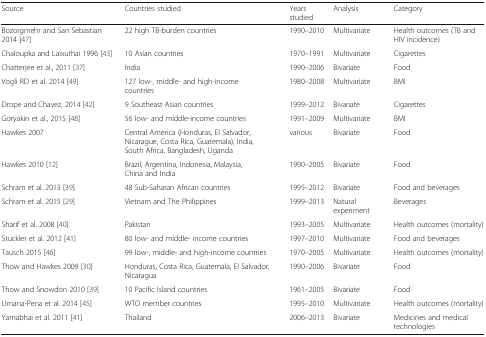
<table><thead><tr><td><b>Source</b></td><td><b>Countries studied</b></td><td><b>Years studied</b></td><td><b>Analysis</b></td><td><b>Category</b></td></tr></thead><tbody><tr><td>Bozorgmehr and San Sebastian 2014 [47]</td><td>22 high TB-burden countries</td><td>1990–2010</td><td>Multivariate</td><td>Health outcomes (TB and HIV incidence)</td></tr><tr><td>Chaloupka and Laixuthai 1996 [43]</td><td>10 Asian countries</td><td>1970–1991</td><td>Multivariate</td><td>Cigarettes</td></tr><tr><td>Chatterjee et al., 2011 [37]</td><td>India</td><td>1990–2006</td><td>Bivariate</td><td>Food</td></tr><tr><td>Vogli RD et al. 2014 [49]</td><td>127 low-, middle- and high-income countries</td><td>1980–2008</td><td>Multivariate</td><td>BMI</td></tr><tr><td>Drope and Chavez, 2014 [42]</td><td>9 Southeast Asian countries</td><td>1999–2012</td><td>Bivariate</td><td>Cigarettes</td></tr><tr><td>Goryakin et al., 2015 [48]</td><td>56 low- and middle-income countries</td><td>1991–2009</td><td>Multivariate</td><td>BMI</td></tr><tr><td>Hawkes 2007</td><td>Central America (Honduras, El Salvador, Nicarague, Costa Rica, Guatemala), India, South Africa, Bangladesh, Uganda</td><td>various</td><td>Bivariate</td><td>Food</td></tr><tr><td>Hawkes 2010 [12]</td><td>Brazil, Argentina, Indonesia, Malaysia, China and India</td><td>1990–2005</td><td>Bivariate</td><td>Food</td></tr><tr><td>Schram et al. 2013 [39]</td><td>48 Sub-Saharan African countries</td><td>1995–2012</td><td>Bivariate</td><td>Food and beverages</td></tr><tr><td>Schram et al. 2015 [29]</td><td>Vietnam and The Philippines</td><td>1999–2013</td><td>Natural experiment</td><td>Beverages</td></tr><tr><td>Sharif et al. 2008 [40]</td><td>Pakistan</td><td>1993–2005</td><td>Multivariate</td><td>Health outcomes (mortality)</td></tr><tr><td>Stuckler et al. 2012 [41]</td><td>80 low- and middle- income countries</td><td>1997–2010</td><td>Multivariate</td><td>Food and beverages</td></tr><tr><td>Tausch 2015 [46]</td><td>99 low-, middle- and high-income countries</td><td>1970–2005</td><td>Multivariate</td><td>Health outcomes (mortality)</td></tr><tr><td>Thow and Hawkes 2009 [30]</td><td>Honduras, Costa Rica, Guatemala, El Salvador, Nicaragua</td><td>1990–2006</td><td>Bivariate</td><td>Food</td></tr><tr><td>Thow and Snowdon 2010 [39]</td><td>10 Pacific Island countries</td><td>1961–2005</td><td>Bivariate</td><td>Food</td></tr><tr><td>Umana-Pena et al. 2014 [45]</td><td>WTO member countries</td><td>1995–2010</td><td>Multivariate</td><td>Health outcomes (mortality)</td></tr><tr><td>Yamabhai et al. 2011 [41]</td><td>Thailand</td><td>2006–2013</td><td>Bivariate</td><td>Medicines and medical technologies</td></tr></tbody></table>